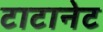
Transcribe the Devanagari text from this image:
टाटानेट